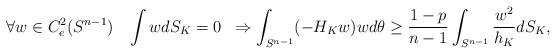
LaTeX: \begin{align*}\forall w \in C^2_e(S^{n-1}) \;\;\; \int w dS_K = 0 \;\; \Rightarrow \int_{S^{n-1}} (-H_K w) w d\theta \geq \frac{1-p}{n-1} \int_{S^{n-1}}\frac{w^2}{h_K} dS_K ,\end{align*}